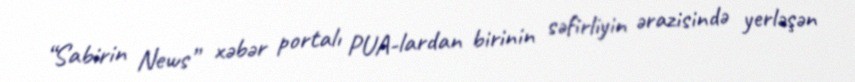
“Sabirin News” xəbər portalı PUA-lardan birinin səfirliyin ərazisində yerləşən